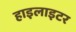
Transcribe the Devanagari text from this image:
हाइलाइटर